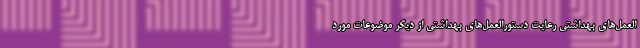
العمل­های بهداشتی رعایت دستورالعمل­های بهداشتی از دیگر موضوعات مورد